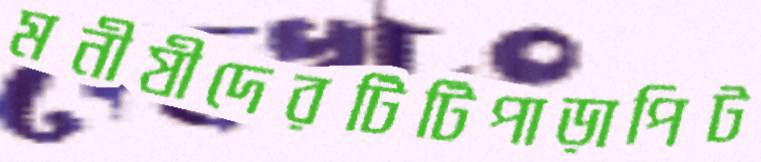
মনীষীদেরটিটিপাড়াপিট